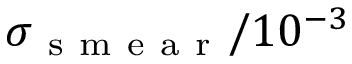
\sigma _ { \mathrm { ~ s ~ m ~ e ~ a ~ r ~ } } / 1 0 ^ { - 3 }